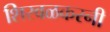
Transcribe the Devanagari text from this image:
शिरवळकरनी